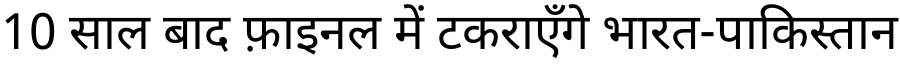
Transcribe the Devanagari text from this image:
10 साल बाद फ़ाइनल में टकराएँगे भारत-पाकिस्तान